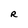
Character: R